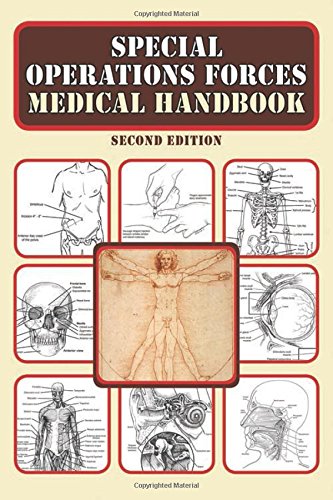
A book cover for Special Operations Forces Medical Handbook; Department of Defense; Health, Fitness & Dieting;